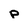
Character: p